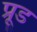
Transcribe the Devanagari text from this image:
प्रूड